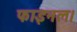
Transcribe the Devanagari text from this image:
फाइनल।